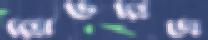
রোডরিজ